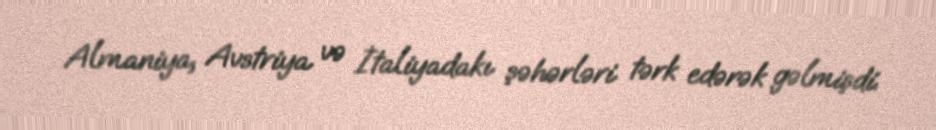
Almaniya, Avstriya və İtaliyadakı şəhərləri tərk edərək gəlmişdi.